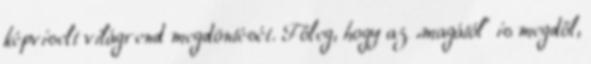
képviselt világrend megdöntését. Főleg, hogy az „magától” is megdől,